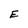
Character: E